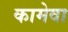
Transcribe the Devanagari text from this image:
कामेवा